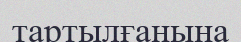
тартылғанына